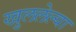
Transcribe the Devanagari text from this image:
खुललेल्या